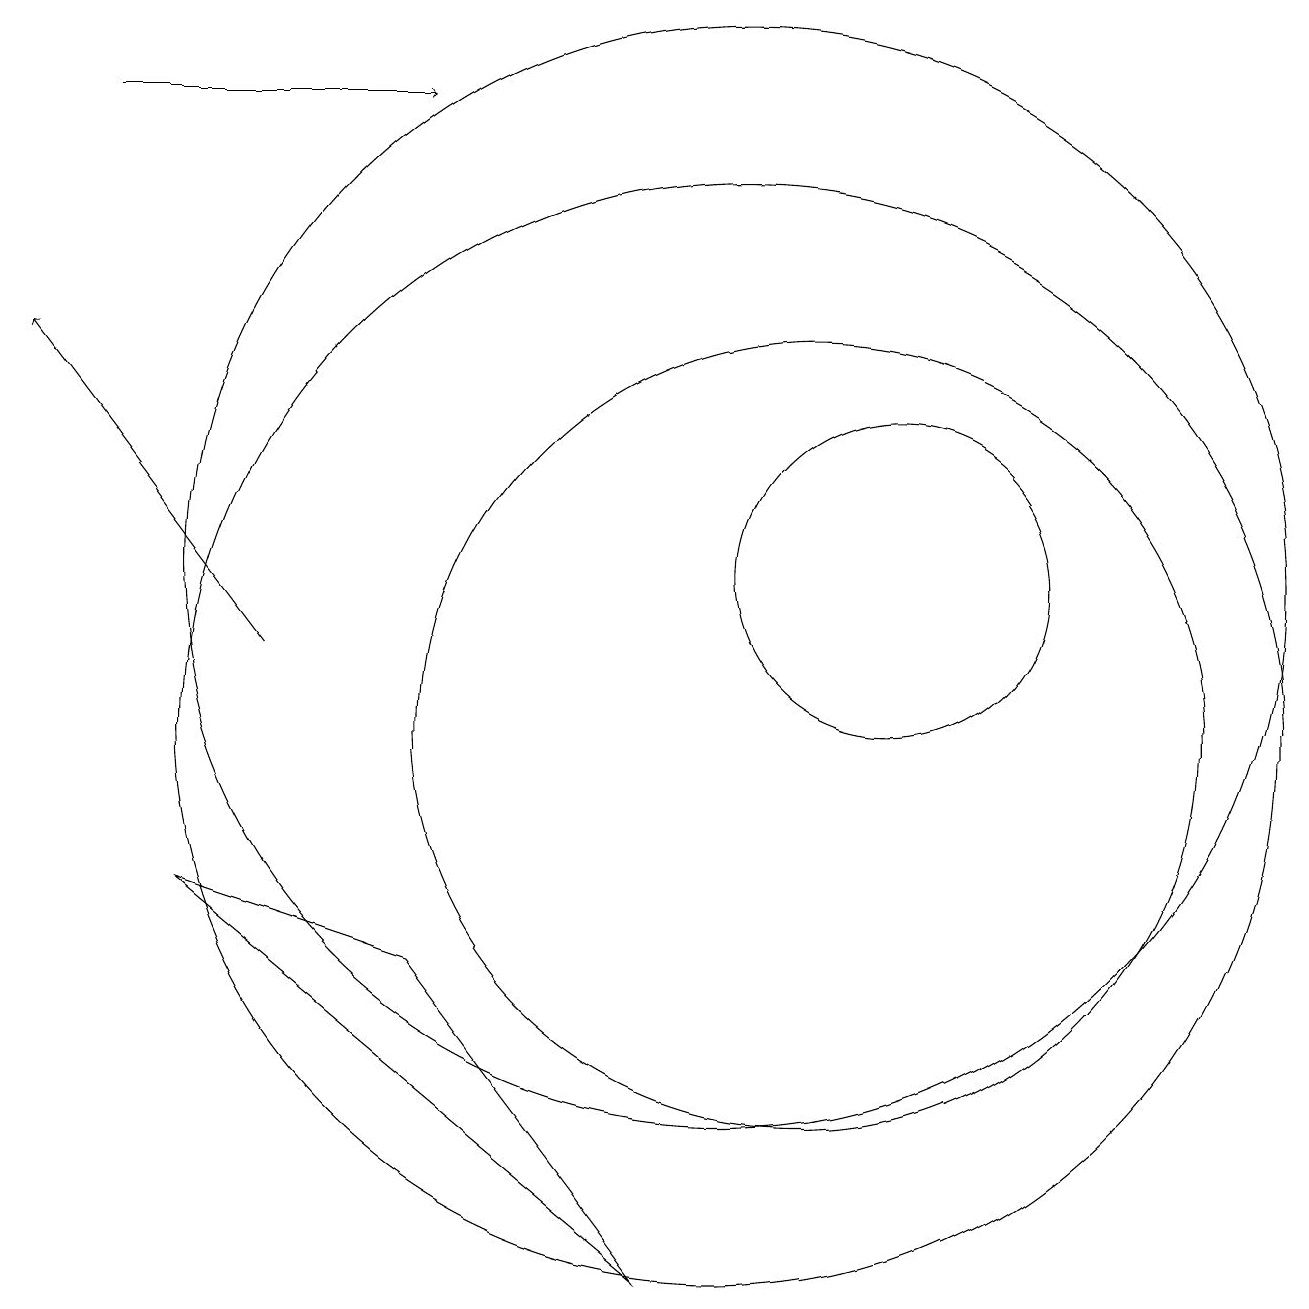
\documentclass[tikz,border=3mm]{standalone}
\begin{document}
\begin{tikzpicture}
\draw (10,12) circle (7);
\draw[->] (2,18) -- (6,18);
\draw[->] (4,11) -- (1,15);
\draw (11,10) circle (5);
\draw (10,10) circle (7);
\draw (12,12) circle (2);
\draw (6,7) -- (3,8) -- (9,3) -- cycle;
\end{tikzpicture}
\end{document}